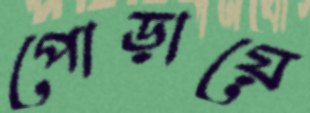
পোড়ায়ে